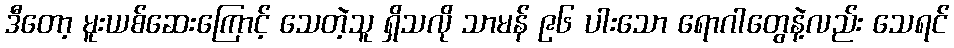
ဒီတော့ မူးယစ်ဆေးကြောင့် သေတဲ့သူ ရှိသလို သာမန် ၉၆ ပါးသော ရောဂါတွေနဲ့လည်း သေရင်